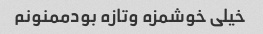
خیلی خوشمزه وتازه بودممنونم